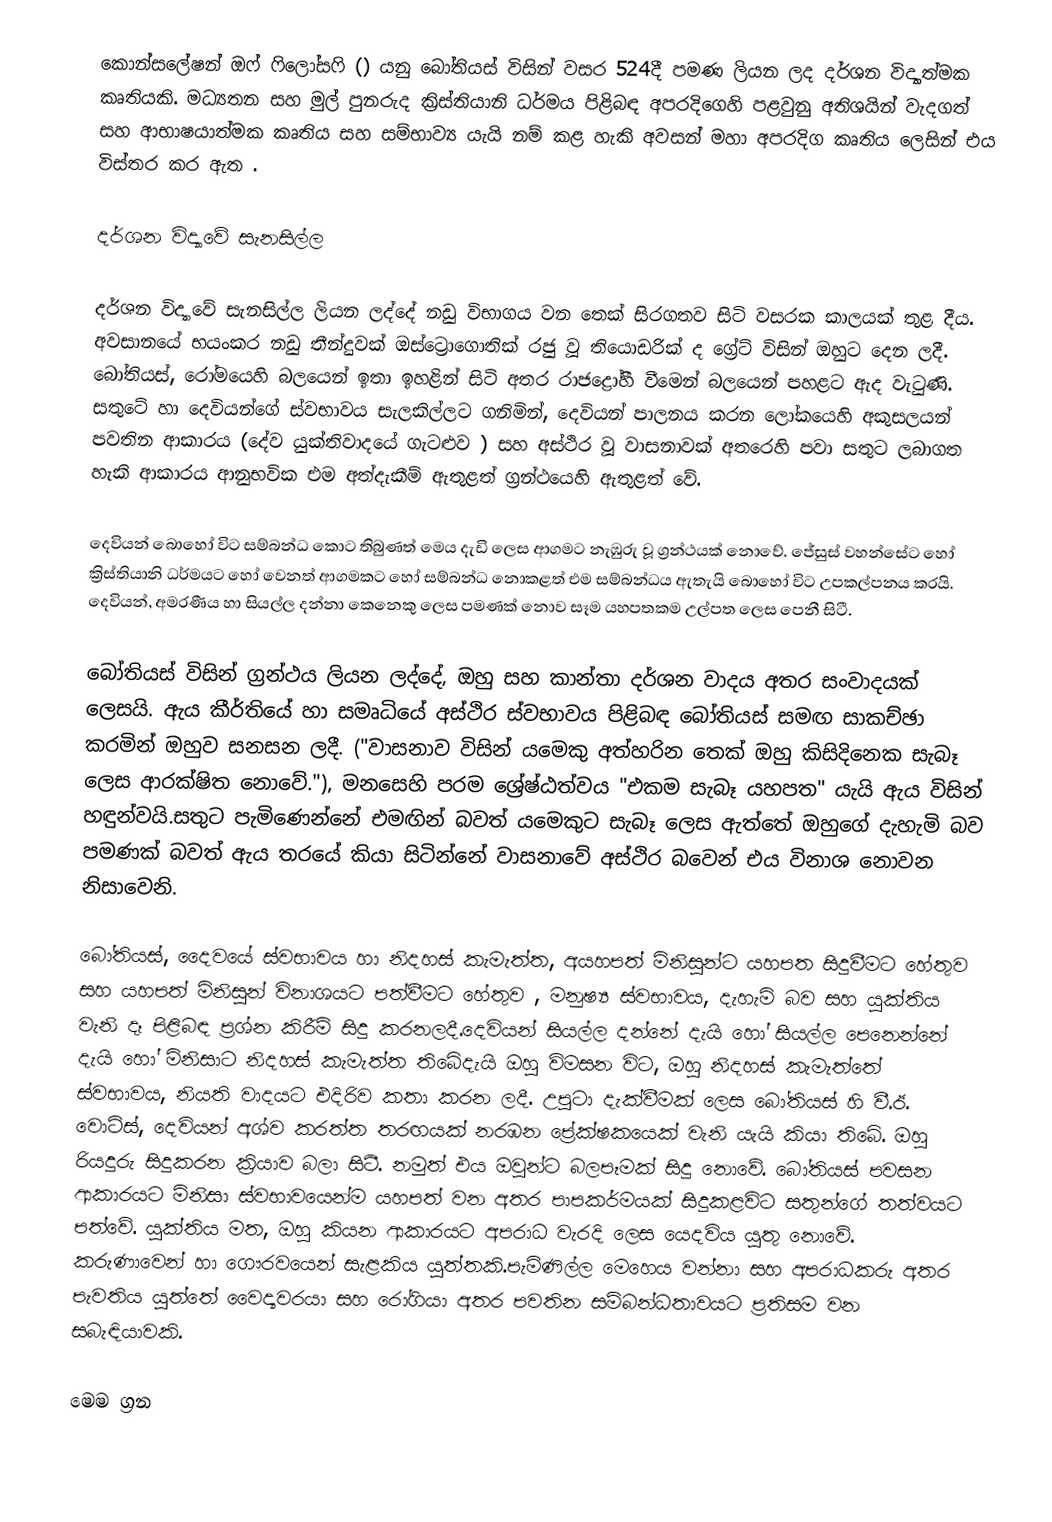
කොන්සලේෂන් ඔෆ් ෆිලෝසෆි () යනු බෝතියස් විසින් වසර 524දී පමණ ලියන ලද දර්ශන විද්‍යාත්මක කෘතියකි.  මධ්‍යතන සහ මුල් පුනරුද ක්‍රිස්තියානි ධර්මය පිළිබඳ අපරදිගෙහි පළවුනු අතිශයින් වැදගත් සහ ආභාෂයාත්මක කෘතිය සහ සම්භාව්‍ය යැයි නම් කළ හැකි අවසන් මහා අපරදිග කෘතිය ලෙසින් එය විස්තර කර ඇත .

දර්ශන විද්‍යාවේ සැනසිල්ල

දර්ශන විද්‍යාවේ සැනසිල්ල ලියන ලද්දේ නඩු විභාගය වන තෙක් සිරගතව සිටි වසරක කාලයක් තුළ දීය. අවසානයේ භයංකර නඩු තීන්දුවක් ඔස්ට්‍රොගොතික් රජු වූ තියොඩරික් ද ග්‍රේට් විසින් ඔහුට දෙන ලදී. බෝතියස්, රෝමයෙහි බලයෙන් ඉතා ඉහළින් සිටි අතර රාජද්‍රෝහී වීමෙන් බලයෙන් පහළට ඇද වැටුණි. සතුටේ හා දෙවියන්ගේ ස්වභාවය සැලකිල්ලට ගනිමින්, දෙවියන් පාලනය කරන ලෝකයෙහි අකුසලයන් පවතින ආකාරය (දේව යුක්තිවාදයේ ගැටළුව ) සහ අස්ථිර වූ වාසනාවක් අතරෙහි පවා සතුට ලබාගත හැකි ආකාරය ආනුභවික එම අත්දැකීම් ඇතුළත් ග්‍රන්ථයෙහි ඇතුළත් වේ.

දෙවියන් බොහෝ විට සම්බන්ධ කොට තිබුණත් මෙය දැඩි ලෙස ආගමට නැඹුරු වූ ග්‍රන්ථයක් නොවේ. ජේසුස් වහන්සේට හෝ ක්‍රිස්තියානි ධර්මයට හෝ වෙනත් ආගමකට හෝ සම්බන්ධ නොකළත් එම සම්බන්ධය ඇතැයි බොහෝ විට උපකල්පනය කරයි. දෙවියන්, අමරණීය හා සියල්ල දන්නා කෙනෙකු ලෙස පමණක් නොව සෑම යහපතකම උල්පත ලෙස පෙනී සිටී.

බෝතියස් විසින් ග්‍රන්ථය ලියන ලද්දේ, ඔහු සහ කාන්තා දර්ශන වාදය අතර සංවාදයක් ලෙසයි. ඇය කීර්තියේ හා සමෘධියේ අස්ථිර ස්වභාවය පිළිබඳ බෝතියස් සමඟ සාකච්ඡා කරමින් ඔහුව සනසන ලදී. ("වාසනාව විසින් යමෙකු අත්හරින තෙක් ඔහු කිසිදිනෙක සැබෑ ලෙස ආරක්ෂිත නොවේ."), මනසෙහි පරම ශ්‍රේෂ්ඨත්වය "එකම සැබෑ යහපත" යැයි ඇය විසින් හඳුන්වයි.සතුට පැමිණෙන්නේ එමඟින් බවත් යමෙකුට සැබෑ ලෙස ඇත්තේ ඔහුගේ දැහැමි බව පමණක් බවත් ඇය තරයේ කියා සිටින්නේ වාසනාවේ අස්ථිර බවෙන් එය විනාශ නොවන නිසාවෙනි.

බෝතියස්, දෛවයේ ස්වභාවය හා නිදහස් කැමැත්ත, අයහපත් මිනිසුන්ට යහපත සිදුවීමට හේතුව සහ යහපත් මිනිසුන් විනාශයට පත්වීමට හේතුව , මනුෂ්‍ය ස්වභාවය, දැහැමි බව සහ යුක්තිය වැනි දෑ පිළිබඳ ප්‍රශ්න කිරීම් සිදු කරනලදී.දෙවියන් සියල්ල දන්නේ දැයි හෝ සියල්ල පෙනෙන්නේ දැයි හෝ මිනිසාට නිදහස් කැමැත්ත තිබේදැයි ඔහු විමසන විට, ඔහු නිදහස් කැමැත්තේ ස්වභාවය, නියති වාදයට එදිරිව කතා කරන ලදී. උපුටා දැක්වීමක් ලෙස බෝතියස් හි වී.ඊ. වොට්ස්, දෙවියන් අශ්ව කරත්ත තරඟයක් නරඹන ප්‍රේක්ෂකයෙක් වැනි යැයි කියා තිබේ. ඔහු රියදුරු සිදුකරන ක්‍රියාව බලා සිටී. නමුත් එය ඔවුන්ට බලපෑමක් සිදු නොවේ. බෝතියස් පවසන ආකාරයට මිනිසා ස්වභාවයෙන්ම යහපත් වන අතර පාපකර්මයක් සිදුකළවිට සතුන්ගේ තත්වයට පත්වේ. යුක්තිය මත, ඔහු කියන ආකාරයට අපරාධ වැරදි ලෙස යෙදවිය යුතු නොවේ. කරුණාවෙන් හා ගෞරවයෙන් සැළකිය යුත්තකි.පැමිණිල්ල මෙහෙය වන්නා සහ අපරාධකරු අතර පැවතිය යුත්තේ වෛද්‍යවරයා සහ රෝගියා අතර පවතින සම්බන්ධතාවයට ප්‍රතිසම වන සබැඳියාවකි.

මෙම ග්‍රන